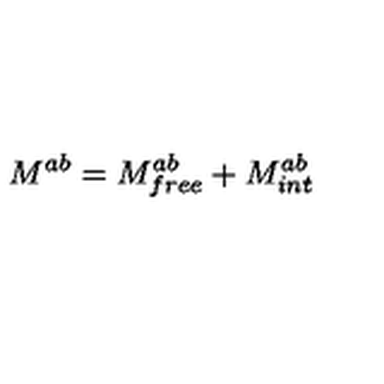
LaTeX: M ^ { a b } = M _ { f r e e } ^ { a b } + M _ { i n t } ^ { a b }